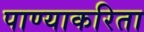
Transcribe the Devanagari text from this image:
पाण्याकरिता